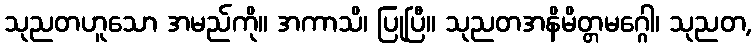
သုညတဟူသော အမည်ကို။ အကာသိ၊ ပြုပြီ။ သုညတအနိမိတ္တမဂ္ဂေါ၊ သုညတ,